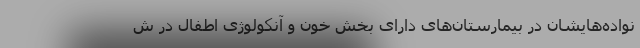
نواده‌هایشان در بیمارستان‌های دارای بخش خون و آنکولوژی اطفال در ش